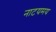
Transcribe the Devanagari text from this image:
नाटयमय